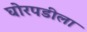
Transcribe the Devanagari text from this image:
घोरपडीला